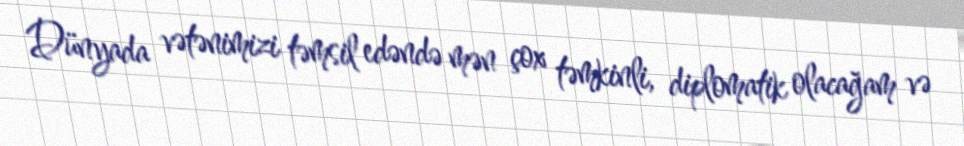
Dünyada vətənimizi təmsil edəndə mən çox təmkinli, diplomatik olacağam və